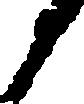
候